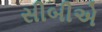
સીબીએ